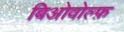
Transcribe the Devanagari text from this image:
बिओवोल्फ़